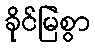
ခိုင်မြဲစွာ